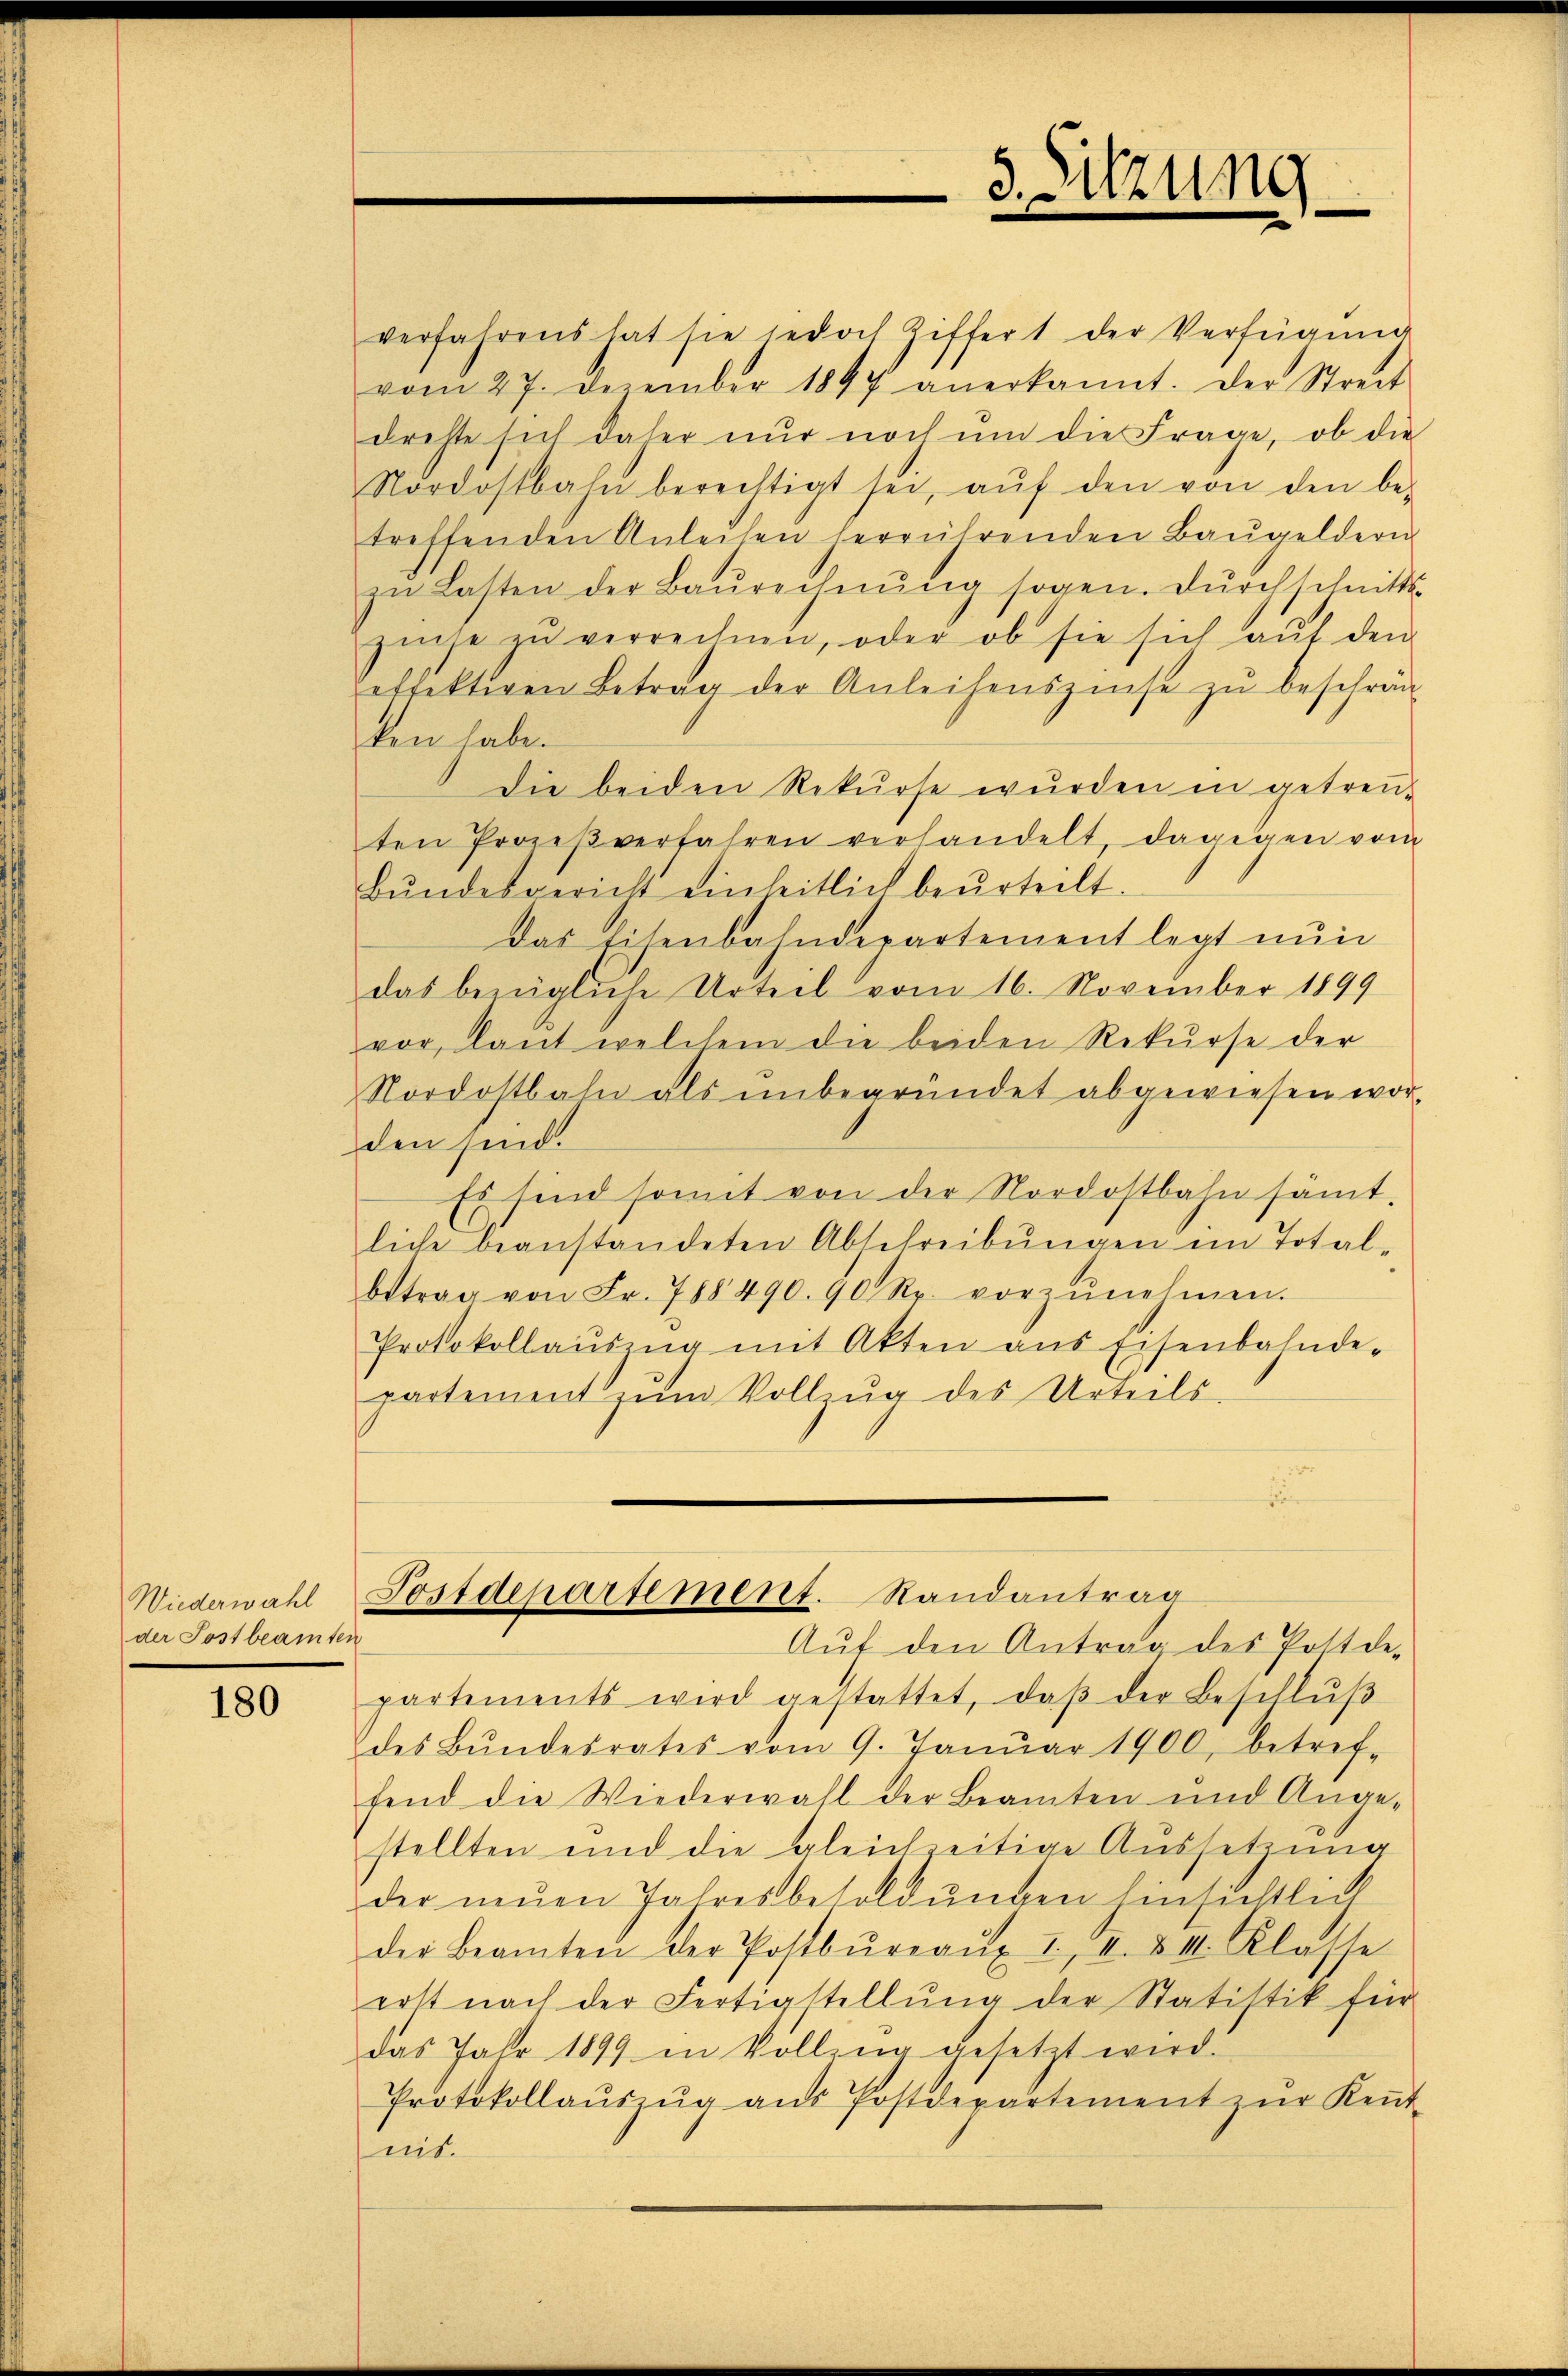
Wiederwahl
der Postbeamten

180

verfahrens hat sie jedoch Ziffert der Verfügung
vom 27. Dezember 1897 anerkannt. Der Streit
drehte sich daher nŭr noch ŭm die Frage, ob die
Nordostbahn berechtigt sei, aŭf den von den be-
treffenden Anleihen herrührenden Baŭgeldern
zŭ Lasten der Baŭrechnŭng sogen. Dŭrchschnitts-
zinse zŭ verrechnen, oder ob sie sich aŭf den
effektiven Betrag der Anleihenszinse zŭ beschrän-
ten habe.
Die beiden Rekurse wurden in getreu-
ten Prozeβverfahren verhandelt, dagegen vom
Bŭndesgericht einheitlich beŭrteilt.
Das Eisenbahndepartement legt nun
das bezügliche Urteil vom 16. November 1899
vor, laut welchem die beiden Rekurse der
Nordostbahn als ŭnbegründet abgewiesen wor
den sind.
Es sind somit von der Nordostbahn sämt
liche beanstandeten Abschreibŭngen im Total-
betrag von Fr. 788490. 90 R. vorzŭnehmen.
Protokollauszug mit Akten ans Eisenbahnde-
partement zŭm Vollzŭg des Urteils-
n

Fostdepartement. Randantrag

5. Sitzung

Auf den Antrag des Postdepartements wird gestattet, daβ der Beschlŭβ
des Bŭndesrates vom 9. Janŭar 1900, betref-
fend die Wiederwahl der Beamten und Ange-
stellten und die gleichzeitige Aussetzung
der neŭen Jahresbesoldŭngen Einsichtlich
der Beamten der Postbüreaŭ I., II. & II. Klasse
erst nach der Fertiastellŭng der Statistik für
das Jahr 1899 in Vollzug gesetzt wird.
Protokollaŭszŭg aŭs Postdepartement zŭr Keṅt-
mit